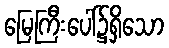
မြေကြီးပေါ်၌ရှိသော